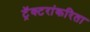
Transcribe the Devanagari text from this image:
ट्रॅक्टरांकरिता